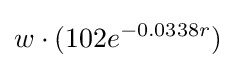
w\cdot (102e^{-0.0338r})